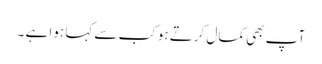
آپ بھی کمال کرتے ہو کب سے کہا ہوا ہے ۔